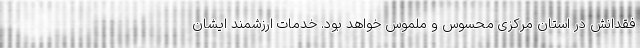
فقدانش در استان مرکزی محسوس و ملموس خواهد بود. خدمات ارزشمند ایشان